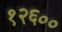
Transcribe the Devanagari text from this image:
१२६००